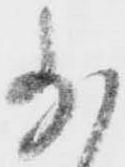
少